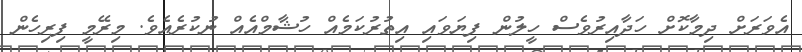
އެވަރަށް ދިމާކޮށް ހަދާއިރުވެސް ހީލުން ފިޔަވައި އިތުރުކަމެއް ހުޝާމްއެއް ނުކުރެއެވެެ. މިރޭމީ ފިރިހެން